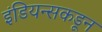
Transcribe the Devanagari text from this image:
इंडियन्सकडून